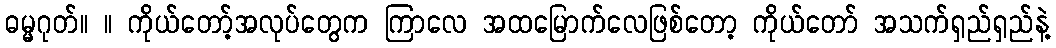
ဓမ္မဂုတ်။ ။ ကိုယ်တော့်အလုပ်တွေက ကြာလေ အထမြောက်လေဖြစ်တော့ ကိုယ်တော် အသက်ရှည်ရှည်နဲ့